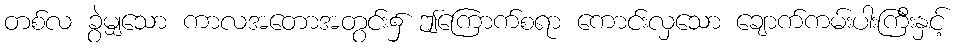
တစ်လ ခွဲမျှသော ကာလအတောအတွင်း၌ ဤကြောက်စရာ ကောင်းလှသော ချောက်ကမ်းပါးကြီးနှင့်